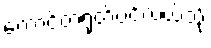
တောင်တရုတ်ပင်လယ်သို့